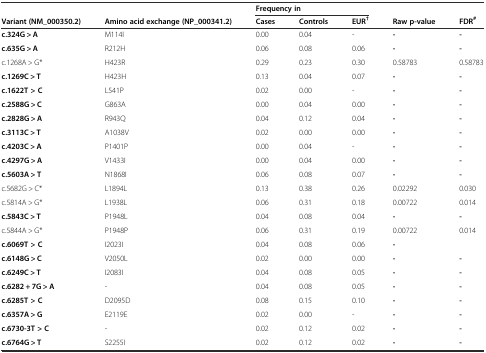
<table><thead><tr><td></td><td></td><td colspan="3"><b>Frequency in</b></td><td></td><td></td></tr><tr><td><b>Variant (NM_000350.2)</b></td><td><b>Amino acid exchange (NP_000341.2)</b></td><td><b>Cases</b></td><td><b>Controls</b></td><td><b>EUR<sup>†</sup></b></td><td><b>Raw p-value</b></td><td><b>FDR<sup>#</sup></b></td></tr></thead><tbody><tr><td><b>c.324G &gt; A</b></td><td>M114I</td><td>0.00</td><td>0.04</td><td>-</td><td><b>-</b></td><td><b>-</b></td></tr><tr><td><b>c.635G &gt; A</b></td><td>R212H</td><td>0.06</td><td>0.08</td><td>0.06</td><td><b>-</b></td><td><b>-</b></td></tr><tr><td>c.1268A &gt; G*</td><td>H423R</td><td>0.29</td><td>0.23</td><td>0.30</td><td>0.58783</td><td>0.58783</td></tr><tr><td><b>c.1269C &gt; T</b></td><td>H423H</td><td>0.13</td><td>0.04</td><td>0.07</td><td><b>-</b></td><td><b>-</b></td></tr><tr><td><b>c.1622T &gt; C</b></td><td>L541P</td><td>0.02</td><td>0.00</td><td>-</td><td><b>-</b></td><td><b>-</b></td></tr><tr><td><b>c.2588G &gt; C</b></td><td>G863A</td><td>0.00</td><td>0.04</td><td>0.00</td><td><b>-</b></td><td><b>-</b></td></tr><tr><td><b>c.2828G &gt; A</b></td><td>R943Q</td><td>0.04</td><td>0.12</td><td>0.04</td><td><b>-</b></td><td><b>-</b></td></tr><tr><td><b>c.3113C &gt; T</b></td><td>A1038V</td><td>0.02</td><td>0.00</td><td>0.00</td><td><b>-</b></td><td><b>-</b></td></tr><tr><td><b>c.4203C &gt; A</b></td><td>P1401P</td><td>0.00</td><td>0.04</td><td>-</td><td><b>-</b></td><td><b>-</b></td></tr><tr><td><b>c.4297G &gt; A</b></td><td>V1433I</td><td>0.00</td><td>0.04</td><td>0.00</td><td><b>-</b></td><td><b>-</b></td></tr><tr><td><b>c.5603A &gt; T</b></td><td>N1868I</td><td>0.06</td><td>0.08</td><td>0.07</td><td><b>-</b></td><td><b>-</b></td></tr><tr><td>c.5682G &gt; C*</td><td>L1894L</td><td>0.13</td><td>0.38</td><td>0.26</td><td>0.02292</td><td>0.030</td></tr><tr><td>c.5814A &gt; G*</td><td>L1938L</td><td>0.06</td><td>0.31</td><td>0.18</td><td>0.00722</td><td>0.014</td></tr><tr><td><b>c.5843C &gt; T</b></td><td>P1948L</td><td>0.04</td><td>0.08</td><td>0.04</td><td><b>-</b></td><td><b>-</b></td></tr><tr><td>c.5844A &gt; G*</td><td>P1948P</td><td>0.06</td><td>0.31</td><td>0.19</td><td>0.00722</td><td>0.014</td></tr><tr><td><b>c.6069T &gt; C</b></td><td>I2023I</td><td>0.04</td><td>0.08</td><td>0.06</td><td><b>-</b></td><td></td></tr><tr><td><b>c.6148G &gt; C</b></td><td>V2050L</td><td>0.02</td><td>0.00</td><td>0.00</td><td><b>-</b></td><td><b>-</b></td></tr><tr><td><b>c.6249C &gt; T</b></td><td>I2083I</td><td>0.04</td><td>0.08</td><td>0.05</td><td><b>-</b></td><td><b>-</b></td></tr><tr><td><b>c.6282 + 7G &gt; A</b></td><td>-</td><td>0.04</td><td>0.08</td><td>0.05</td><td><b>-</b></td><td><b>-</b></td></tr><tr><td><b>c.6285T &gt; C</b></td><td>D2095D</td><td>0.08</td><td>0.15</td><td>0.10</td><td><b>-</b></td><td><b>-</b></td></tr><tr><td><b>c.6357A &gt; G</b></td><td>E2119E</td><td>0.02</td><td>0.00</td><td>-</td><td><b>-</b></td><td><b>-</b></td></tr><tr><td><b>c.6730-3T &gt; C</b></td><td>-</td><td>0.02</td><td>0.12</td><td>0.02</td><td><b>-</b></td><td><b>-</b></td></tr><tr><td><b>c.6764G &gt; T</b></td><td>S2255I</td><td>0.02</td><td>0.12</td><td>0.02</td><td><b>-</b></td><td><b>-</b></td></tr></tbody></table>